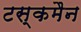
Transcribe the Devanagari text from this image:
टस्कमैन